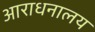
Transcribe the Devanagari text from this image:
आराधनालय